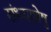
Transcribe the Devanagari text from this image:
संध्याशेषु